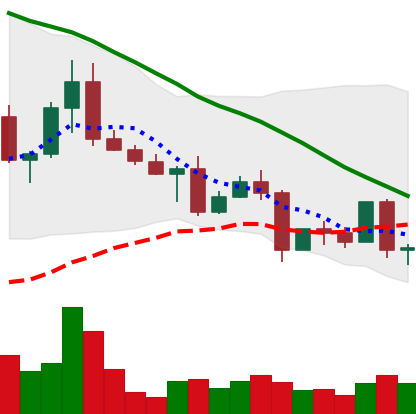
Ticker: EOS-USD
Chart end date: 2022-05-06
Forward return: -30.956%
Label: down_7plus